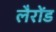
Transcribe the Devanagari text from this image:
लैरोंड